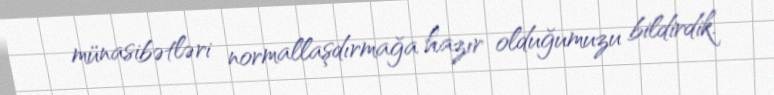
münasibətləri normallaşdırmağa hazır olduğumuzu bildirdik.